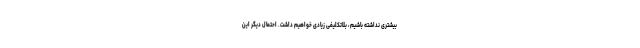
بیشتری نداشته باشیم، بلاتکلیفی زیادی خواهیم داشت. احتمال دیگر این